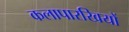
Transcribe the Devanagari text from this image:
कलापारखियों